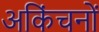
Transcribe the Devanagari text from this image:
अकिंचनों